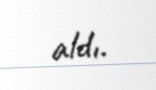
aldı.